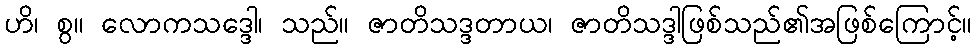
ဟိ၊ စွ။ လောကသဒ္ဒေါ၊ သည်။ ဇာတိသဒ္ဒတာယ၊ ဇာတိသဒ္ဒါဖြစ်သည်၏အဖြစ်ကြောင့်။